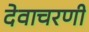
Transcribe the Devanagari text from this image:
देवाचरणी